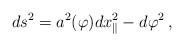
LaTeX: \begin{align*}ds^2 = a^{2}(\varphi) dx_{\parallel}^2 -d\varphi^2\, ,\end{align*}